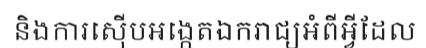
និងការស៊ើបអង្កេតឯករាជ្យអំពីអ្វីដែល